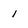
Character: 1